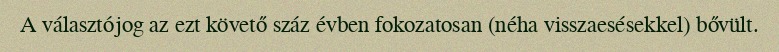
A választójog az ezt követő száz évben fokozatosan (néha visszaesésekkel) bővült.